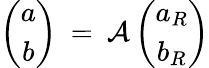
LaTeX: \left(\begin{array}{c}{{a}}\\ {{b}}\end{array}\right)\: =\: {\cal A}\left(\begin{array}{c}{{a_{R}}}\\ {{b_{R}}}\end{array}\right)